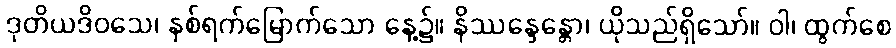
ဒုတိယဒိဝသေ၊ နှစ်ရက်မြောက်သော နေ့၌။ နိဿန္ဒေန္တော၊ ယိုသည်ရှိသော်။ ဝါ၊ ထွက်စေ